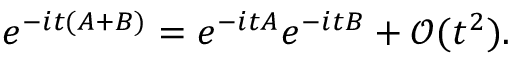
e ^ { - i t ( A + B ) } = e ^ { - i t A } e ^ { - i t B } + \mathcal { O } ( t ^ { 2 } ) .